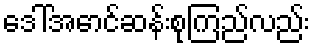
ဒေါ်အောင်ဆန်းစုကြည်လည်း